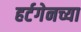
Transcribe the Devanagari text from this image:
हर्टगेनच्या